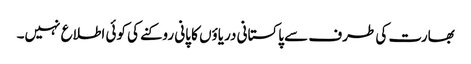
بھارت کی طرف سے پاکستانی دریاؤں کا پانی روکنے کی کوئی اطلاع نہیں۔